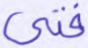
فتى